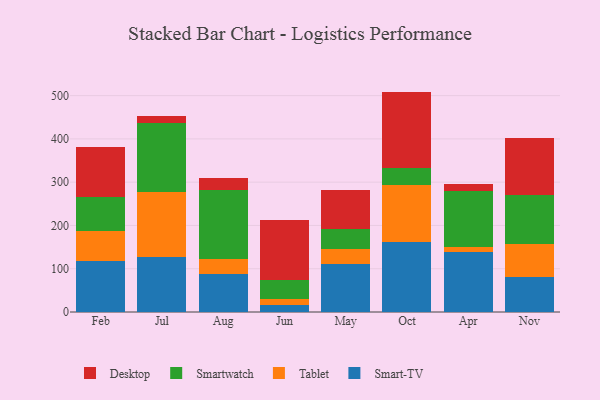
{"axis": {"x": "Month", "y": "Revenue (USD Million)"}, "legend": ["Desktop", "Smart-TV", "Smartwatch", "Tablet"], "data": [{"x": "Feb", "y": 117.5, "type": "Smart-TV"}, {"x": "Feb", "y": 68.9, "type": "Tablet"}, {"x": "Feb", "y": 79.0, "type": "Smartwatch"}, {"x": "Feb", "y": 116.1, "type": "Desktop"}, {"x": "Jul", "y": 128.2, "type": "Smart-TV"}, {"x": "Jul", "y": 148.6, "type": "Tablet"}, {"x": "Jul", "y": 159.2, "type": "Smartwatch"}, {"x": "Jul", "y": 16.3, "type": "Desktop"}, {"x": "Aug", "y": 88.4, "type": "Smart-TV"}, {"x": "Aug", "y": 34.6, "type": "Tablet"}, {"x": "Aug", "y": 158.2, "type": "Smartwatch"}, {"x": "Aug", "y": 28.8, "type": "Desktop"}, {"x": "Jun", "y": 17.0, "type": "Smart-TV"}, {"x": "Jun", "y": 13.8, "type": "Tablet"}, {"x": "Jun", "y": 44.0, "type": "Smartwatch"}, {"x": "Jun", "y": 138.3, "type": "Desktop"}, {"x": "May", "y": 110.0, "type": "Smart-TV"}, {"x": "May", "y": 35.0, "type": "Tablet"}, {"x": "May", "y": 46.3, "type": "Smartwatch"}, {"x": "May", "y": 90.9, "type": "Desktop"}, {"x": "Oct", "y": 162.8, "type": "Smart-TV"}, {"x": "Oct", "y": 131.5, "type": "Tablet"}, {"x": "Oct", "y": 37.6, "type": "Smartwatch"}, {"x": "Oct", "y": 177.4, "type": "Desktop"}, {"x": "Apr", "y": 139.6, "type": "Smart-TV"}, {"x": "Apr", "y": 10.6, "type": "Tablet"}, {"x": "Apr", "y": 130.3, "type": "Smartwatch"}, {"x": "Apr", "y": 14.9, "type": "Desktop"}, {"x": "Nov", "y": 82.0, "type": "Smart-TV"}, {"x": "Nov", "y": 75.5, "type": "Tablet"}, {"x": "Nov", "y": 113.8, "type": "Smartwatch"}, {"x": "Nov", "y": 131.0, "type": "Desktop"}]}